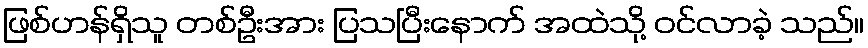
ဖြစ်ဟန်ရှိသူ တစ်ဦးအား ပြသပြီးနောက် အထဲသို့ ဝင်လာခဲ့ သည်။